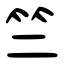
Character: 竺